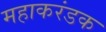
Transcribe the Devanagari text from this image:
महाकरंडक